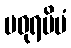
မဓုရမိမံ